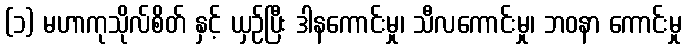
(၁) မဟာကုသိုလ်စိတ် နှင့် ယှဉ်ပြီး ဒါနကောင်းမှု၊ သီလကောင်းမှု၊ ဘဝနာ ကောင်းမှု